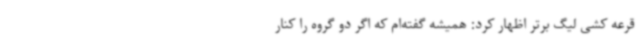
قرعه کشی لیگ برتر اظهار کرد: همیشه گفته‌ام که اگر دو گروه را کنار